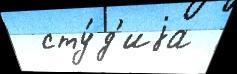
  сту́д'иjа